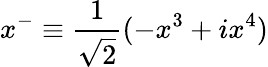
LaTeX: x^{-}\equiv\frac{1}{\sqrt{2}}(-x^{3}+ix^{4})